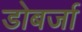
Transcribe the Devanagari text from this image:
डोबर्जा